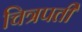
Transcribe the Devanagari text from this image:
चित्रपती